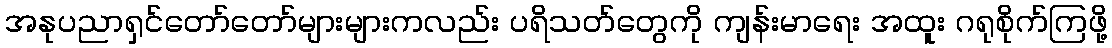
အနုပညာရှင်တော်တော်များများကလည်း ပရိသတ်တွေကို ကျန်းမာရေး အထူး ဂရုစိုက်ကြဖို့